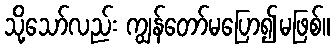
သို့သော်လည်း ကျွန်တော်မပြော၍မဖြစ်။